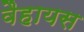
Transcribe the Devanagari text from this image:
वैहायस